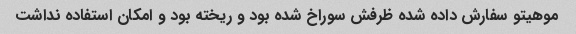
موهیتو سفارش داده شده ظرفش سوراخ شده بود و ریخته بود و امکان استفاده نداشت